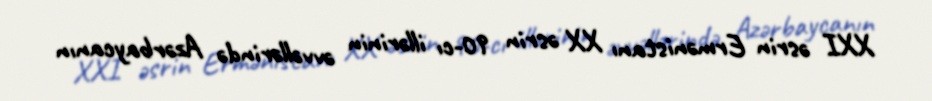
XXI əsrin Ermənistanı XX əsrin 90-cı illərinin əvvəllərində Azərbaycanın